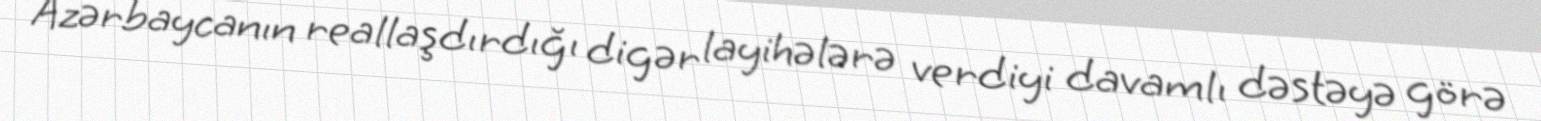
Azərbaycanın reallaşdırdığı digər layihələrə verdiyi davamlı dəstəyə görə